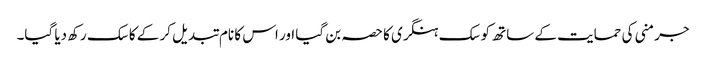
جرمنی کی حمایت کے ساتھ کوسک ہنگری کا حصہ بن گیا اور اس کا نام تبدیل کر کے کاسک رکھ دیا گیا۔